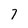
Character: 7